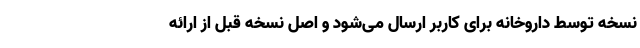
نسخه توسط داروخانه برای کاربر ارسال می‌شود و اصل نسخه قبل از ارائه